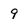
Character: 9